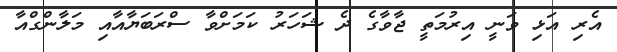
އެރި އަޅި ވަނީ އިރުމަތީ ޖާވާގެ ދެ ޝަހަރު ކަމަށްވާ ސްރަބަޔާއާއި މަލާންގްއާ